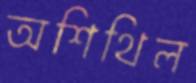
অশিথিল